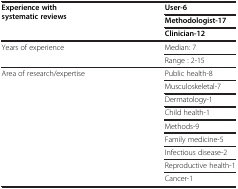
<table><thead><tr><td rowspan="3"><b>Experience with systematic reviews</b></td><td><b>User-6</b></td></tr><tr><td><b>Methodologist-17</b></td></tr><tr><td><b>Clinician-12</b></td></tr></thead><tbody><tr><td rowspan="2">Years of experience</td><td>Median: 7</td></tr><tr><td>Range : 2-15</td></tr><tr><td rowspan="9">Area of research/expertise</td><td>Public health-8</td></tr><tr><td>Musculoskeletal-7</td></tr><tr><td>Dermatology-1</td></tr><tr><td>Child health-1</td></tr><tr><td>Methods-9</td></tr><tr><td>Family medicine-5</td></tr><tr><td>Infectious disease-2</td></tr><tr><td>Reproductive health-1</td></tr><tr><td>Cancer-1</td></tr></tbody></table>